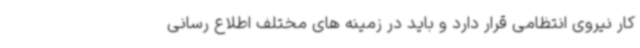
کار نیروی انتظامی قرار دارد و باید در زمینه های مختلف اطلاع رسانی